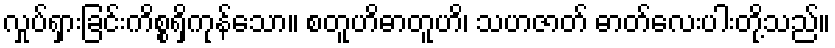
လှုပ်ရှားခြင်းကိစ္စရှိကုန်သော။ စတူဟိဓာတူဟိ၊ သဟဇာတ် ဓာတ်လေးပါးတို့သည်။